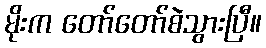
မိုးက တော်တော်စဲသွားပြီ။